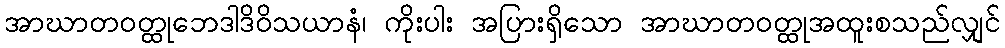
အာဃာတဝတ္ထုဘေဒါဒိဝိသယာနံ၊ ကိုးပါး အပြားရှိသော အာဃာတဝတ္ထုအထူးစသည်လျှင်